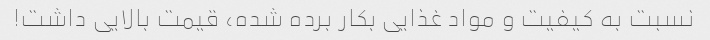
نسبت به کیفیت و مواد غذایی بکار برده شده، قیمت بالایی داشت!